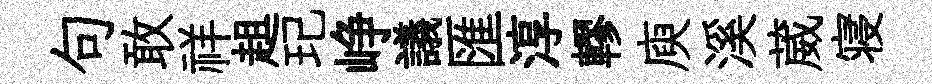
句敢祥趄玘峥議匯淳轇庾溪葳寝